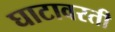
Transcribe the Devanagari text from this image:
घाटावरती